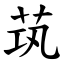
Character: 茿